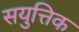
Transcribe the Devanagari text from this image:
सयुत्तिक